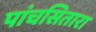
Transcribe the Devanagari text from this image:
पांचसितारा